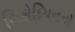
થિકોદિયનનો